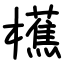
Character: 櫵